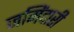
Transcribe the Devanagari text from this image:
जमिंदारी